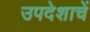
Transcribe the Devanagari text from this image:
उपदेशाचें